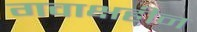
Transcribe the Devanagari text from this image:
गवाक्षहीन